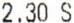
2.30 S